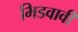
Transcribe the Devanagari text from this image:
भिडवावी